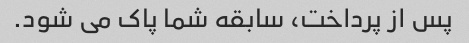
پس از پرداخت، سابقه شما پاک می شود.